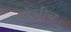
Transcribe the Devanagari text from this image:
उंचीच